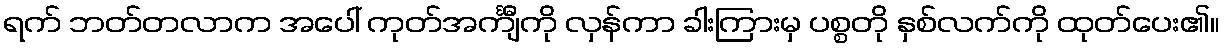
ရက် ဘတ်တလာက အပေါ် ကုတ်အင်္ကျီကို လှန်ကာ ခါးကြားမှ ပစ္စတို နှစ်လက်ကို ထုတ်ပေး၏။